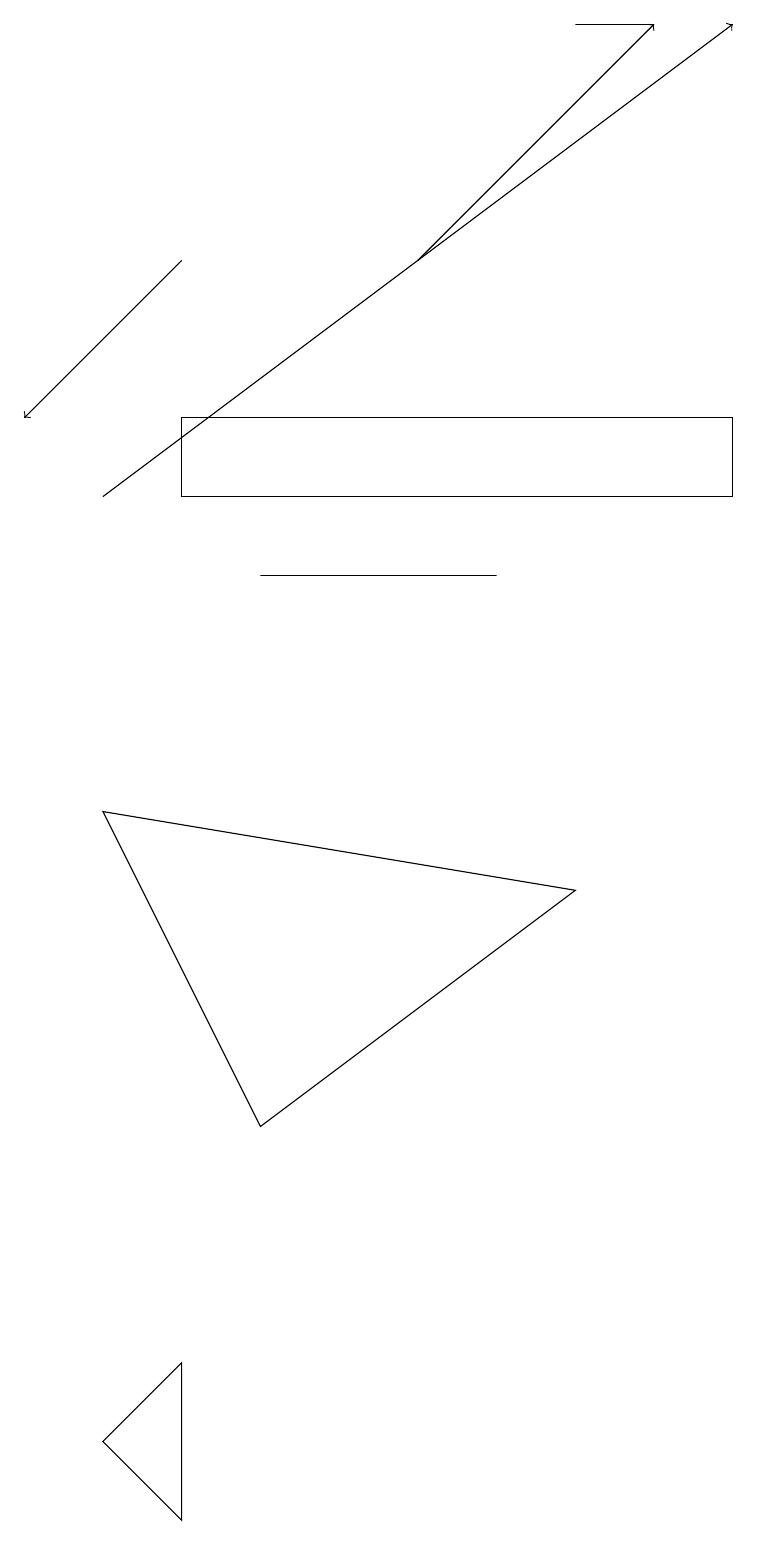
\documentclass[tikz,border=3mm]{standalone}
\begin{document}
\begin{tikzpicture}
\draw (3,5) -- (7,8) -- (1,9) -- cycle;
\draw[->] (2,16) -- (0,14);
\draw (9,14) rectangle (2,13);
\draw (1,1) -- (2,2) -- (2,0) -- cycle;
\draw (6,12) rectangle (3,12);
\draw[->] (1,13) -- (9,19);
\draw[->] (5,16) -- (8,19);
\draw (8,19) rectangle (7,19);
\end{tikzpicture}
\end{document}